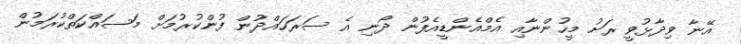
އޭނާ ވިދާޅުވީ ރަށު މީހުންނާއި އެމްއެންޑީއެފުން ދޯނި އެ ސަރަހައްދުން ފުންކުރުމަށް މަސައްކަތްކުރަމުން